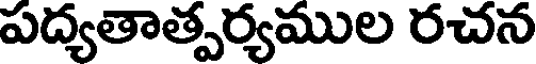
పద్యతాత్పర్యముల రచన